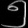
Digit: ၅